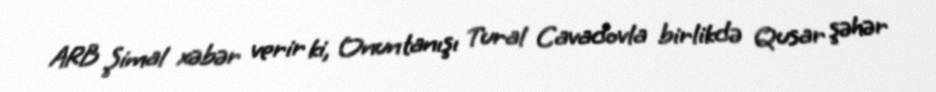
ARB Şimal xəbər verir ki, Onun tanışı Tural Cavadovla birlikdə Qusar şəhər